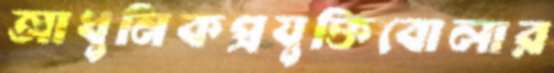
আধুনিকপ্রযুক্তিবোলার